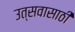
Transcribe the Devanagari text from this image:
उत्सवासाठीं